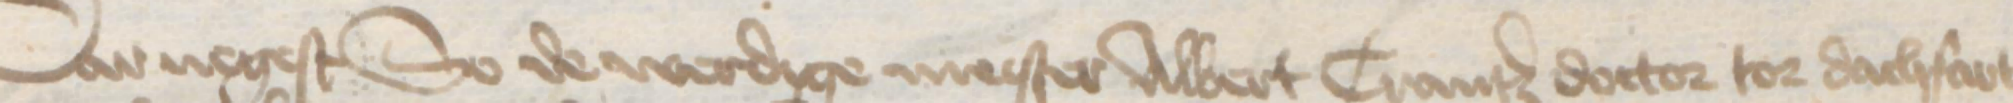
Dar negest So de werdige mester Albert Crantz doctor to dachfart